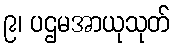
၉၊ ပဌမအာယုသုတ်